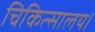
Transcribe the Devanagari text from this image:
चिकित्सालय।